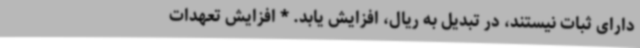
دارای ثبات نیستند، در تبدیل به ریال، افزایش یابد. * افزایش تعهدات